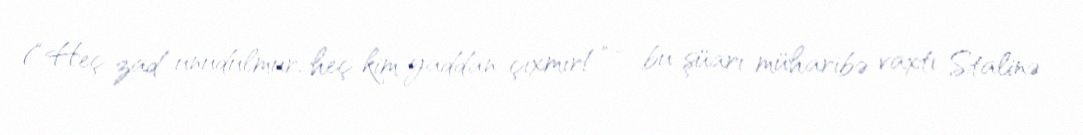
(“Heç zad unudulmur, heç kim yaddan çıxmır!” - bu şüarı müharibə vaxtı Stalinə